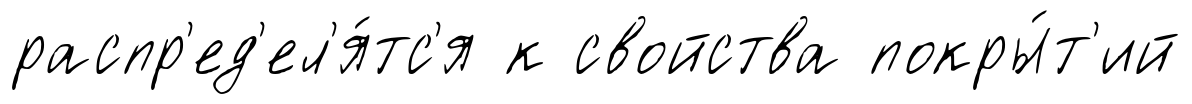
распр'ед'ел'я́тс'я к свойства покры́т'ий